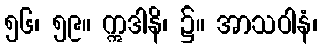
၅၆၊ ၅၉။ ဣဒါနိ၊ ၌။ အာသဝါနံ၊